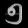
Digit: ၅